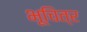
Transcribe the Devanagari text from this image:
भूचित्र